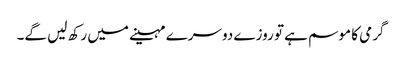
گرمی کا موسم ہے تو روزے دوسرے مہینے میں رکھ لیں گے۔